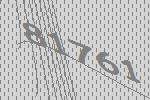
81761